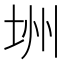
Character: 𪣏